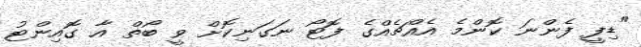
"ޑިފީ ފެންނަ ކޮންމެ އެއްޗެއްގެ ފޮޓޯ ނަގަނިކޮށް ވީ ބޯތް އާ ގޮއިންޓު